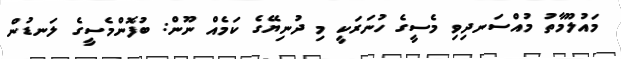
މައުލޫމާތު މުއްސަނދިވި މެސީގެ ހުނަރަކީ މި ދުނިޔޭގެ ކަމެއް ނޫން: ބުފޮންމެސީގެ ލަނޑުން